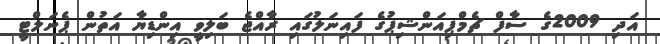
އަދި 2009ގެ ސާފް ޗެމްޕިއަންޝިޕުގެ ފައިނަލުގައި ރާއްޖެ ބަލިވީ އިންޑިޔާ އަތުން ޕެނަލްޓީ